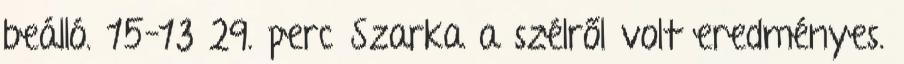
beálló. 15–13 29. perc Szarka a szélről volt eredményes.